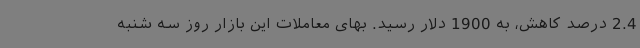
2.4 درصد کاهش، به 1900 دلار رسید. بهای معاملات این بازار روز سه شنبه